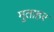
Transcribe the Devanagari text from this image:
मुताहर